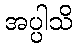
အပ္ပါသိ